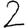
Digit: 2